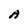
Character: A